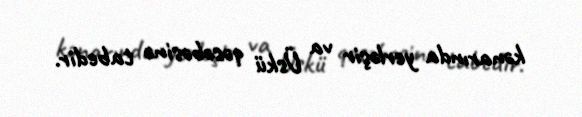
kənarında yerləşir va Üskü qəsəbəsinə tabedir.